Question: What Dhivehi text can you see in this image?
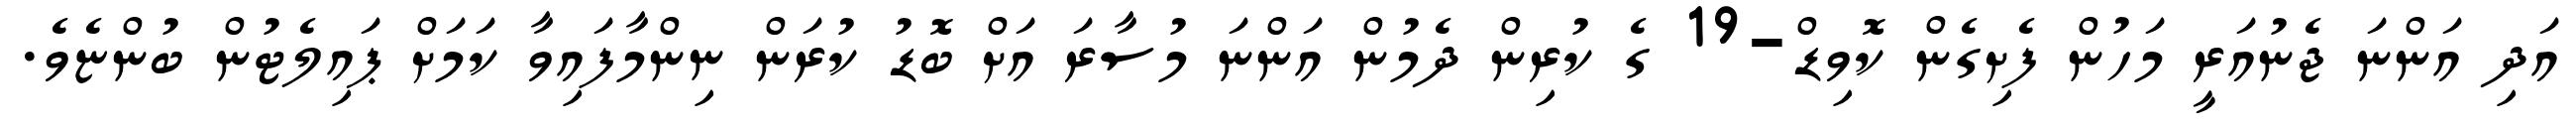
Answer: އަދި އަންނަ ޖެނުއަރީ މަހުން ފެށިގެން ކޮވިޑް-19 ގެ ކުރިން ދެމުން އަންނަ މުސާރަ އަށް ބޮޑު ކުރަން ނިންމާފައިވާ ކަމަށް ޕައިލެޓުން ބުންޏެވެ.